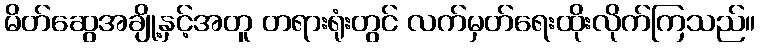
မိတ်ဆွေအချို့နှင့်အတူ တရားရုံးတွင် လက်မှတ်ရေးထိုးလိုက်ကြသည်။